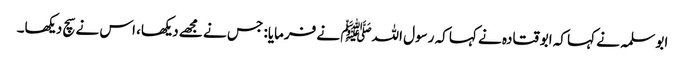
ابو سلمہ نے کہا کہ ابو قتادہ نے کہا کہ رسول اللہﷺ نے فرمایا: جس نے مجھے دیکھا، اس نے سچ دیکھا۔